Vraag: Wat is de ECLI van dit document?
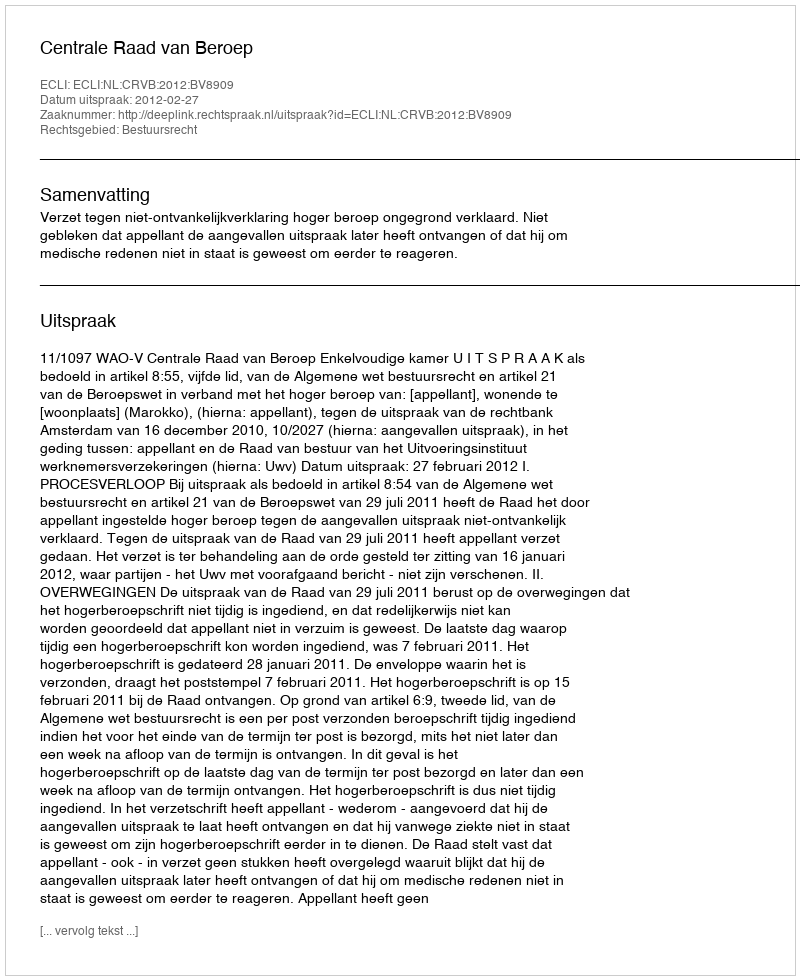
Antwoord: ECLI:NL:CRVB:2012:BV8909